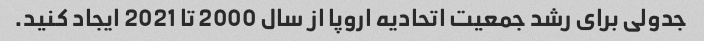
جدولی برای رشد جمعیت اتحادیه اروپا از سال 2000 تا 2021 ایجاد کنید.